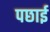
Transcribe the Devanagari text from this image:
पछाई